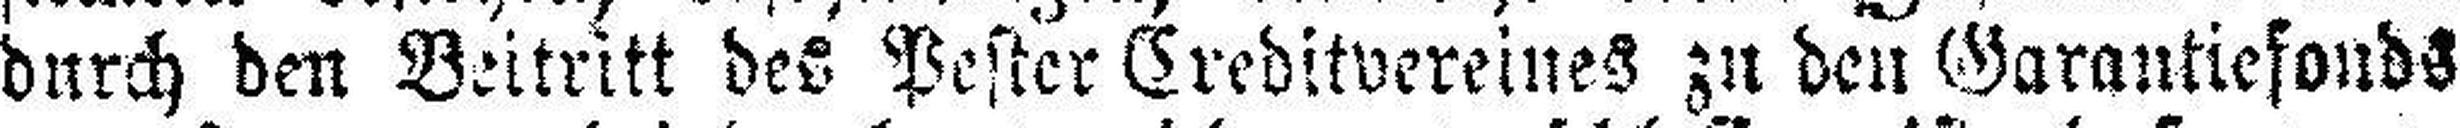
durch den Beitritt des Pester Creditvereines zu den Garantiefonds